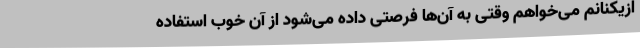
ازیکنانم می‌خواهم وقتی به آن‌ها فرصتی داده می‌شود از آن خوب استفاده